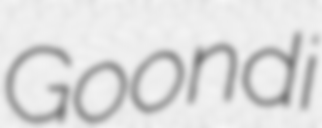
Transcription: Goondi